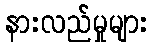
နားလည်မှုများ